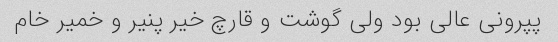
پپرونی عالی بود ولی گوشت و قارچ خیر پنیر و خمیر خام